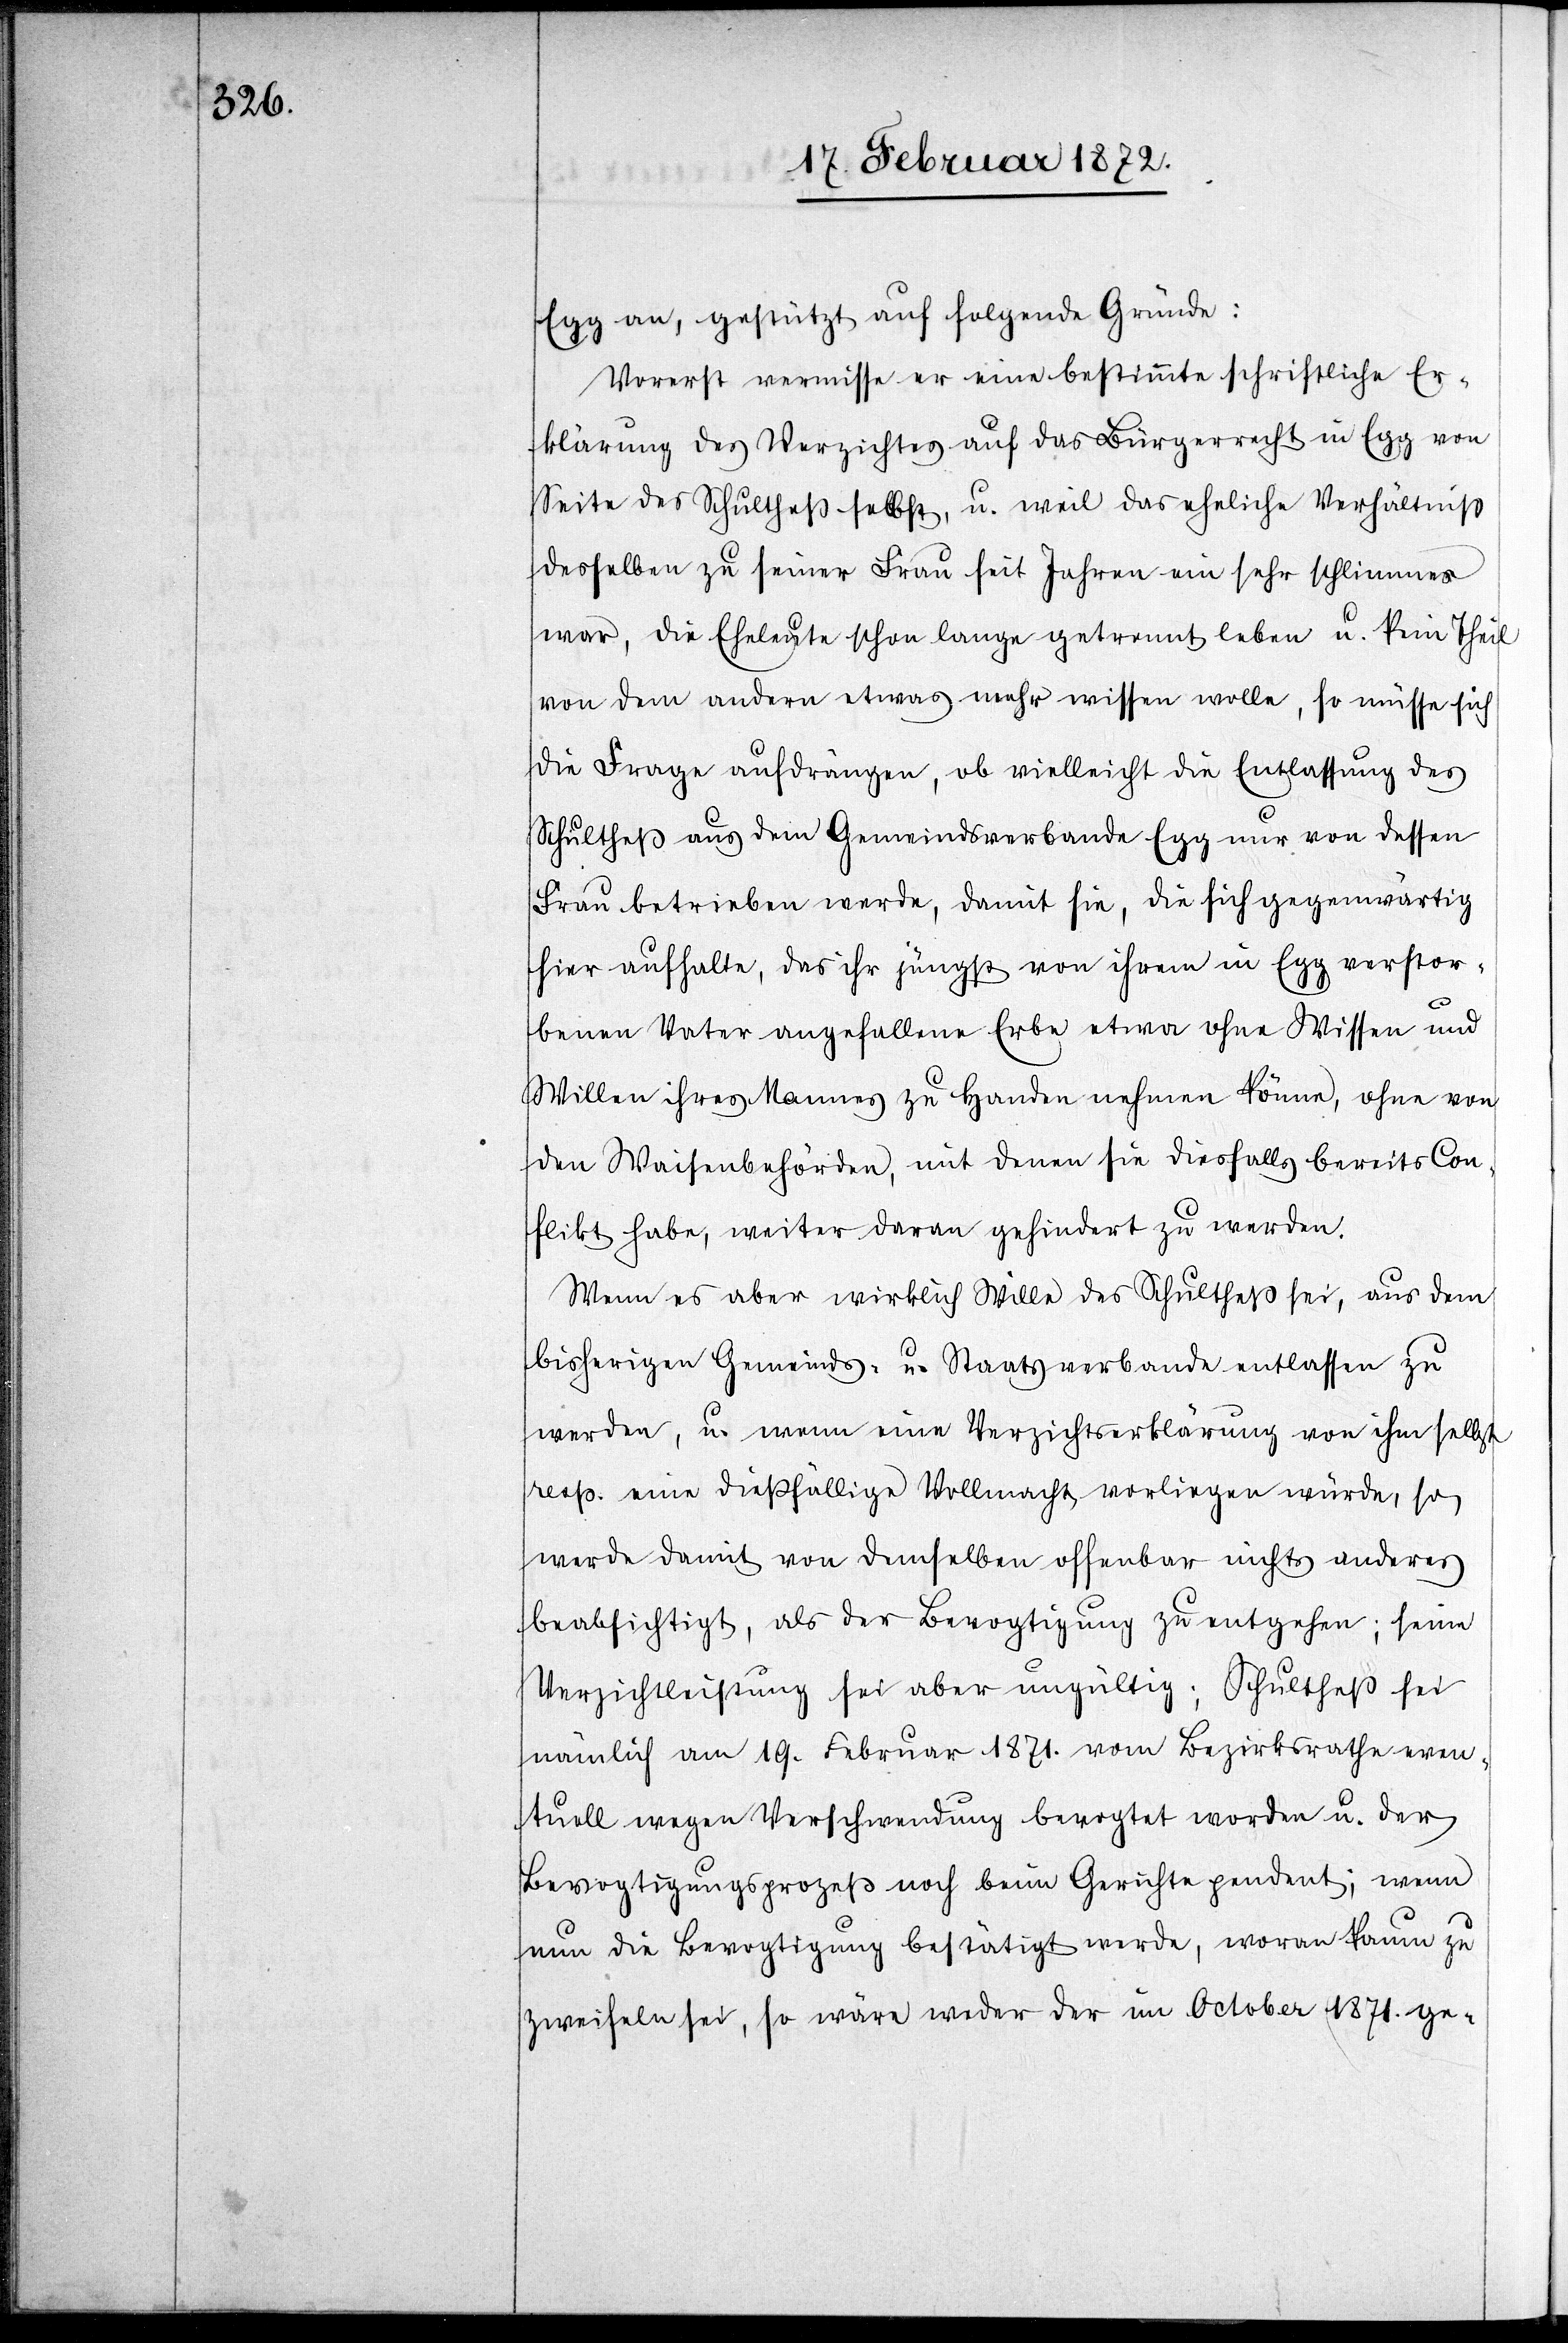
Egg an, gestützt auf folgende Gründe:
Vorerst vermisse er eine bestimmte schriftliche Er¬
klärung des Verzichtes auf das Bürgerrecht in Egg von
Seite des Schultheß selbst, u. weil das eheliche Verhältniß
desselben zu seiner Frau seit Jahren ein sehr schlimmes
war, die Eheleute schon lange getrennt leben u. kein Theil
von dem anderen etwas mehr wissen wolle, so müsse sich
die Frage aufdrängen, ob vielleicht die Entlassung des
Schultheß aus dem Gemeindsverbande Egg nur von dessen
Frau betrieben werde, damit sie, die sich gegenwärtig
hier aufhalte, das ihr jüngst von ihrem in Egg verstor¬
benen Vater angefallene Erbe etwa ohne Wissen und
Willen ihres Mannes zu Handen nehmen könne, ohne von
den Waisenbehörden, mit denen sie diesfalls bereits Con¬
flikt habe, weiter daran gehindert zu werden.
Wenn es aber wirklich Wille des Schultheß sei, aus dem
bisherigen Gemeinds- u. Staatsverbande entlassen zu
werden, u. wenn eine Verzichtserklärung von ihm selbst
resp. eine dießfällige Vollmacht vorliegen würde, so
werde damit von demselben offenbar nichts anderes
beabsichtigt, als der Bevogtigung zu entgehen; seine
Verzichtleistung sei aber ungültig; Schultheß sei
nämlich am 19. Februar 1871. vom Bezirksrathe even¬
tuell wegen Verschwendung bevogtet worden u. der
Bevogtigungsprozeß noch beim Gerichte pendent; wenn
nun die Bevogtigung bestätigt werde, woran kaum zu
zweifeln sei, so wäre weder der im October 1871. ge-